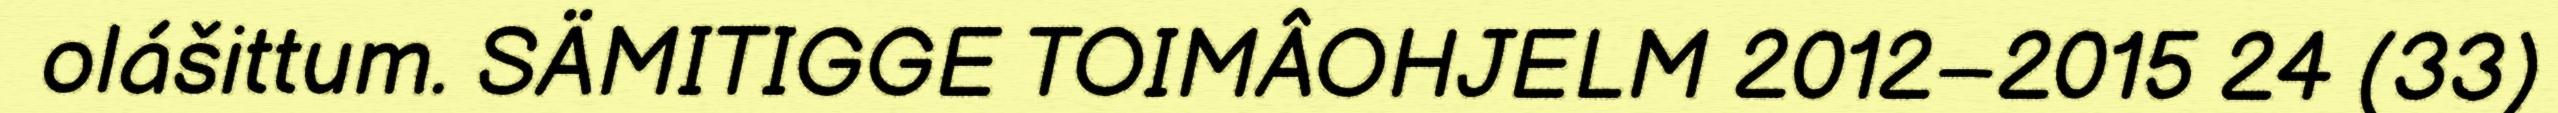
olášittum. SÄMITIGGE TOIMÂOHJELM 2012–2015 24 (33)